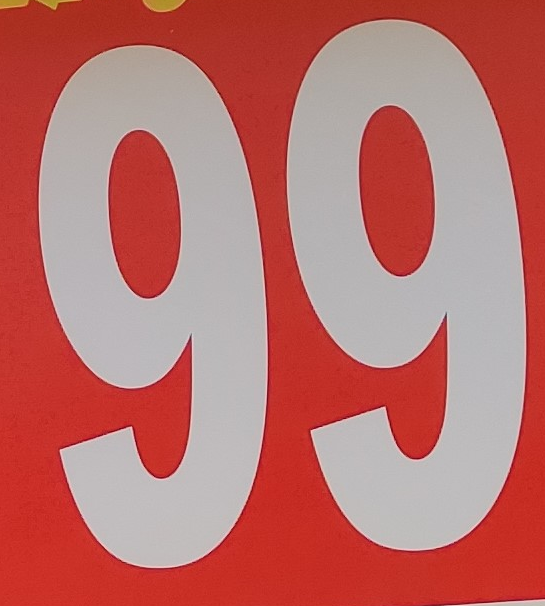
99